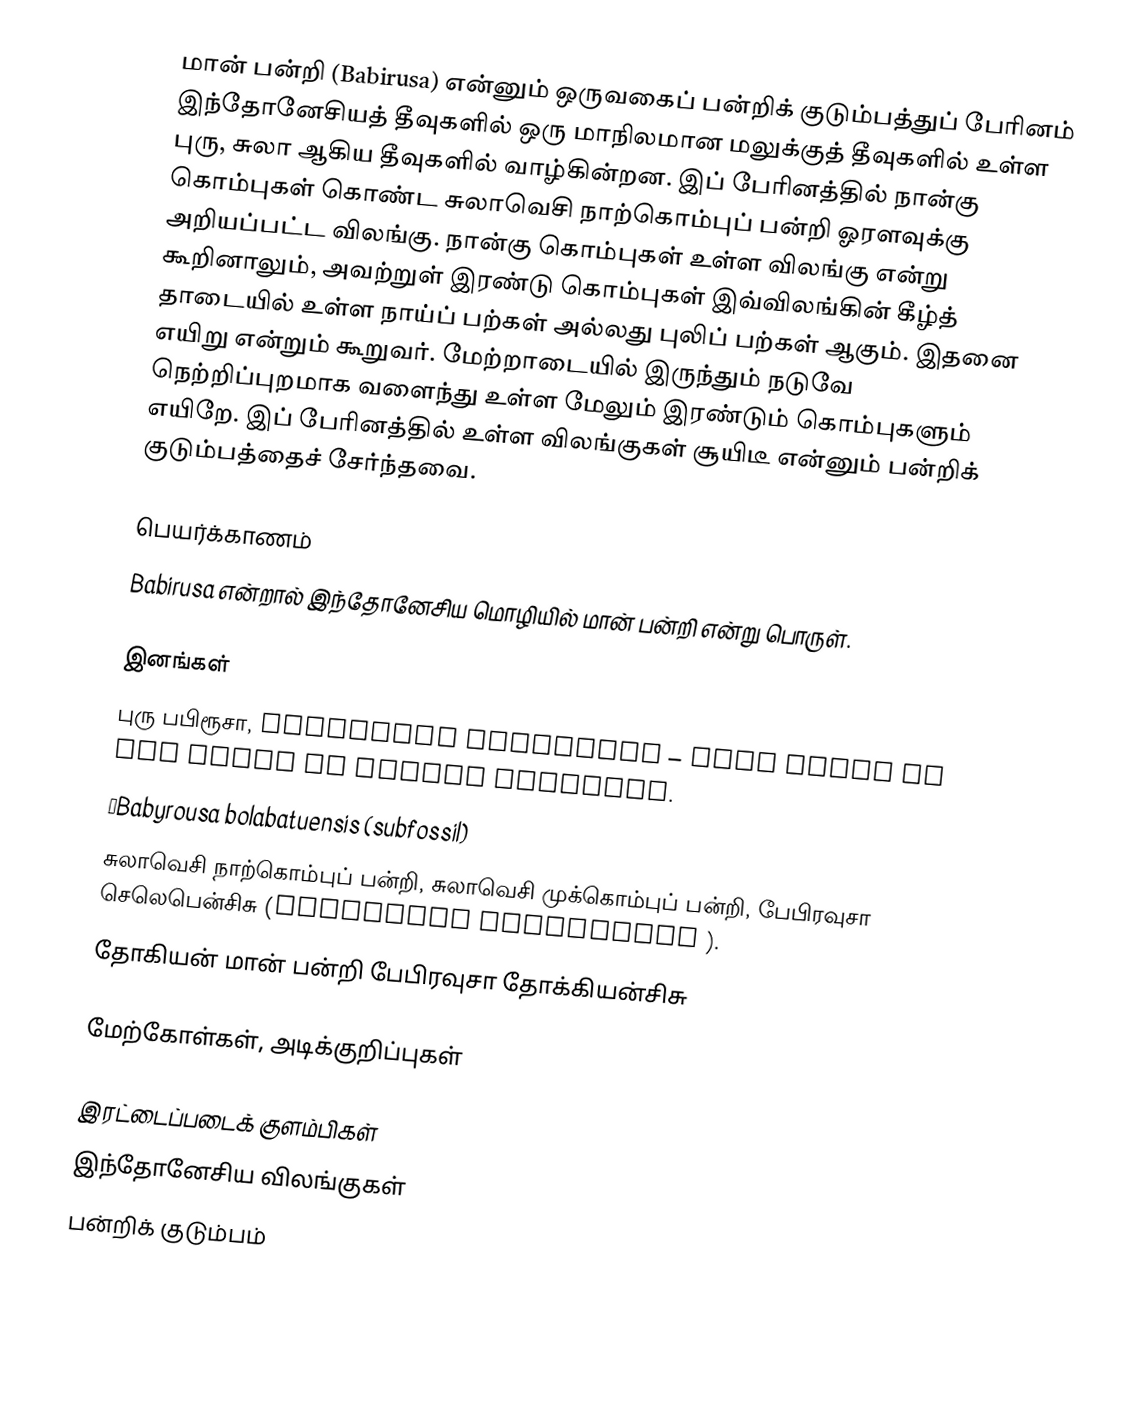
மான் பன்றி (Babirusa) என்னும் ஒருவகைப் பன்றிக் குடும்பத்துப் பேரினம் இந்தோனேசியத் தீவுகளில் ஒரு மாநிலமான மலுக்குத் தீவுகளில் உள்ள புரு, சுலா ஆகிய தீவுகளில் வாழ்கின்றன. இப் பேரினத்தில் நான்கு கொம்புகள் கொண்ட சுலாவெசி நாற்கொம்புப் பன்றி ஓரளவுக்கு அறியப்பட்ட விலங்கு. நான்கு கொம்புகள் உள்ள விலங்கு என்று கூறினாலும், அவற்றுள் இரண்டு கொம்புகள் இவ்விலங்கின் கீழ்த் தாடையில் உள்ள நாய்ப் பற்கள் அல்லது புலிப் பற்கள் ஆகும். இதனை எயிறு என்றும் கூறுவர். மேற்றாடையில் இருந்தும் நடுவே நெற்றிப்புறமாக வளைந்து உள்ள மேலும் இரண்டும் கொம்புகளும் எயிறே. இப் பேரினத்தில் உள்ள விலங்குகள் சூயிடீ என்னும் பன்றிக் குடும்பத்தைச் சேர்ந்தவை.

பெயர்க்காணம்
Babirusa என்றால் இந்தோனேசிய மொழியில் மான் பன்றி என்று பொருள்.

இனங்கள்
 புரு பபிரூசா, Babyrousa babyrussa – also known as the Hairy or Golden Babirusa.
 †Babyrousa bolabatuensis (subfossil)
 சுலாவெசி நாற்கொம்புப் பன்றி, சுலாவெசி முக்கொம்புப் பன்றி, பேபிரவுசா செலெபென்சிசு (Babyrousa celebensis ).
 தோகியன் மான் பன்றி பேபிரவுசா தோக்கியன்சிசு

மேற்கோள்கள், அடிக்குறிப்புகள்

இரட்டைப்படைக் குளம்பிகள்
இந்தோனேசிய விலங்குகள்
பன்றிக் குடும்பம்